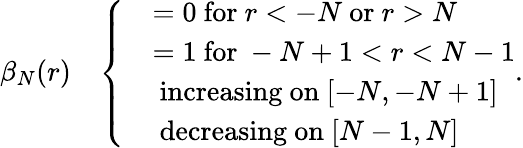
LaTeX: \begin{array}{rl}{\beta_{N}(r)}&{\left\{ \begin{array}{ll}&{=0\mathrm{~for~}r<-N\mathrm{~or~}r>N}\\ &{=1\mathrm{~for~}-N+1<r<N-1}\\ &{\mathrm{~increasing~on~}[-N,-N+1]}\\ &{\mathrm{~decreasing~on~}[N-1,N]}\end{array}\right..}\end{array}